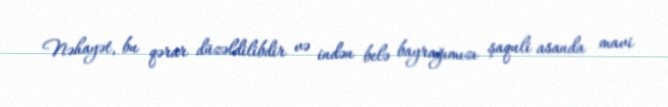
Nəhayət, bu qərar düzəldilibdir və indən belə bayrağımızı şaquli asanda mavi